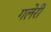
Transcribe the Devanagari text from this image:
गलेरी